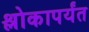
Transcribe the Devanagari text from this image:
श्लोकापर्यंत